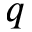
q